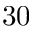
3 0